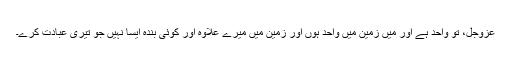
عَزَّوَجَلَّ، تو واحد ہے اور میں زمین میں واحد ہوں اور زمین میں میرے علاوہ اور کوئی بندہ ایسا نہیں جو تیری عبادت کرے۔